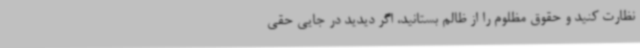
نظارت کنید و حقوق مظلوم را از ظالم بستانید، اگر دیدید در جایی حقی